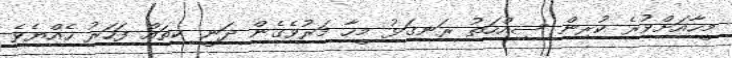
މީހާއަށްވުރެ ކުރިން ސިއްހަތު ރަނގަޅު މީހާ މަރުވެގެން ދަނީ ކިތައް ފަހަރު ހެއްޔެވެ